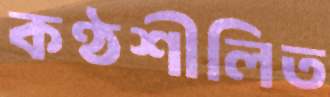
কণ্ঠশীলিত